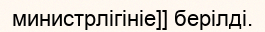
министрлігініе]] берілді.